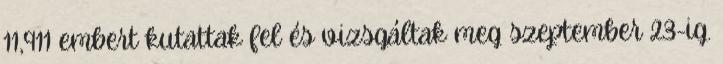
11,911 embert kutattak fel és vizsgáltak meg szeptember 23-ig.